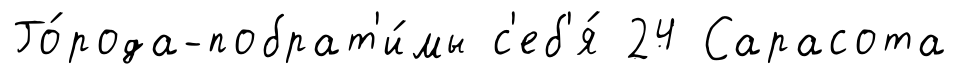
Го́рода-побрат'и́мы с'еб'я́ 24 Сарасота